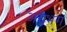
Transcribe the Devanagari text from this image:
अग्रभग